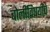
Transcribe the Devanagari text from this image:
बोलींविषयींचे